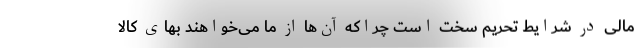
مالی در شرایط تحریم سخت است چراکه آن‌ها از ما می‌خواهند بهای کالا